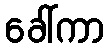
ခေါ်ကာ